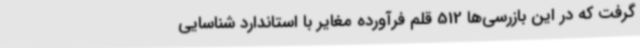
گرفت که در این بازرسی‌ها 512 قلم فرآورده مغایر با استاندارد شناسایی